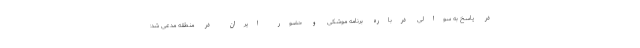
در پاسخ به سوالی درباره برنامه موشکی و حضور ایران در منطقه مدعی شد: